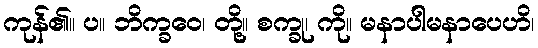
ကုန်၏။ ပ။ ဘိက္ခဝေ၊ တို့။ စက္ခု၊ ကို။ မနာပါမနာပေဟိ၊